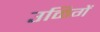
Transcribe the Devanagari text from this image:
उळिगें